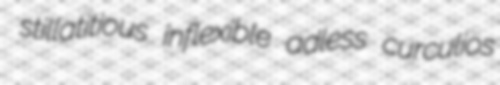
stillatitious inflexible adless curculios